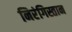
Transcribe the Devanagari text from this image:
निरंगिस्तान